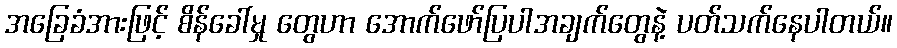
အခြေခံအားဖြင့် စိန်ခေါ်မှု တွေဟာ အောက်ဖော်ပြပါအချက်တွေနဲ့ ပတ်သက်နေပါတယ်။